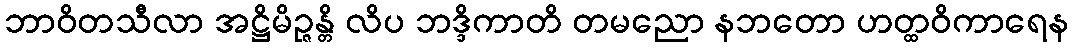
ဘာဝိတသီလာ အဋ္ဌိမိဉ္ဇန္တိ လိပ ဘဒ္ဒိကာတိ တမညော နဘတော ဟတ္ထဝိကာရေန